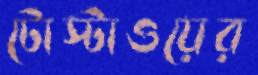
টোস্টাওয়ের